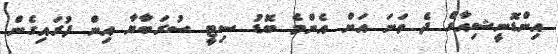
އިންޑޮނީޝިއާގެ ދެ ވަނަ އަށް އެންމެ ބޮޑު ސިޓީ ސުރަބާޔާ އިން ފުރައިގެން